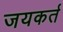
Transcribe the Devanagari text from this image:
जयकर्त